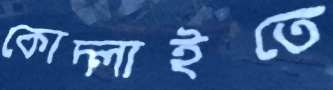
কোদ্‌লাইতে